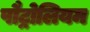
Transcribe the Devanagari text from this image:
पौट्रोलियम